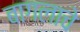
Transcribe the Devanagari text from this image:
बागलाचे